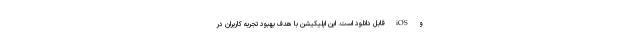
و iOS قابل دانلود است. این اپلیکیشن با هدف بهبود تجربه کاربران در